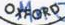
OXFORD